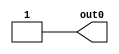
/* Generated by Yosys 0.19 (git sha1 a45c131b37c, clang 13.1.6 -fPIC -Os) */

module lakeroad_xilinx_ultrascale_plus_mux4_3(out0);
  output out0;
  wire out0;
  assign out0 = 1'h1;
endmodule